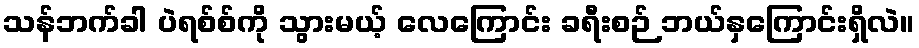
သန်ဘက်ခါ ပဲရစ်စ်ကို သွားမယ့် လေကြောင်း ခရီးစဉ် ဘယ်နှကြောင်းရှိလဲ။